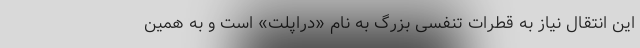
این انتقال نیاز به قطرات تنفسی بزرگ به نام «دراپلت» است و به همین